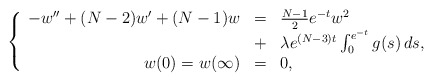
\begin{align*}\left\{ \begin{array}{rcl}-w'' + (N-2)w' + (N-1)w &=& \frac{N-1}{2} e^{-t} w^2 \\&+& \lambda e^{(N-3)t} \int_0^{e^{-t}} g(s) \, ds, \\w( 0)=w(\infty) &=& 0,\end{array}\right.\end{align*}